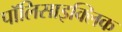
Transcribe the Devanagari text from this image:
पॉलिसाइक्लिक